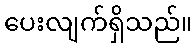
ပေးလျက်ရှိသည်။